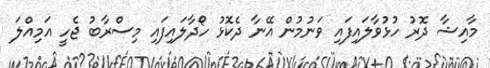
މާއިޝާ ދޮރު ހުޅުވާލައިފައި ވަނުމުން އޭނާ ދެކޮޅު ހޯދާލައިފައި މިސްރާބު ޖެހީ އަމިއްލަ